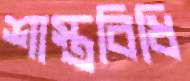
শাস্ত্রবিধি